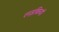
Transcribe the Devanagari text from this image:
लड़कियाॅ